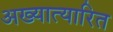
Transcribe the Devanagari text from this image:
अख्यात्यारित